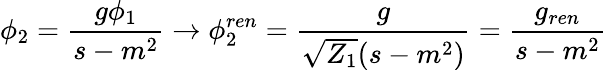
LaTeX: \phi_{2}=\frac{g\phi_{1}}{s-m^{2}}\to\phi_{2}^{ren}=\frac{g}{\sqrt{Z_{1}}(s-m^{2})}=\frac{g_{ren}}{s-m^{2}}